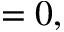
= 0 ,